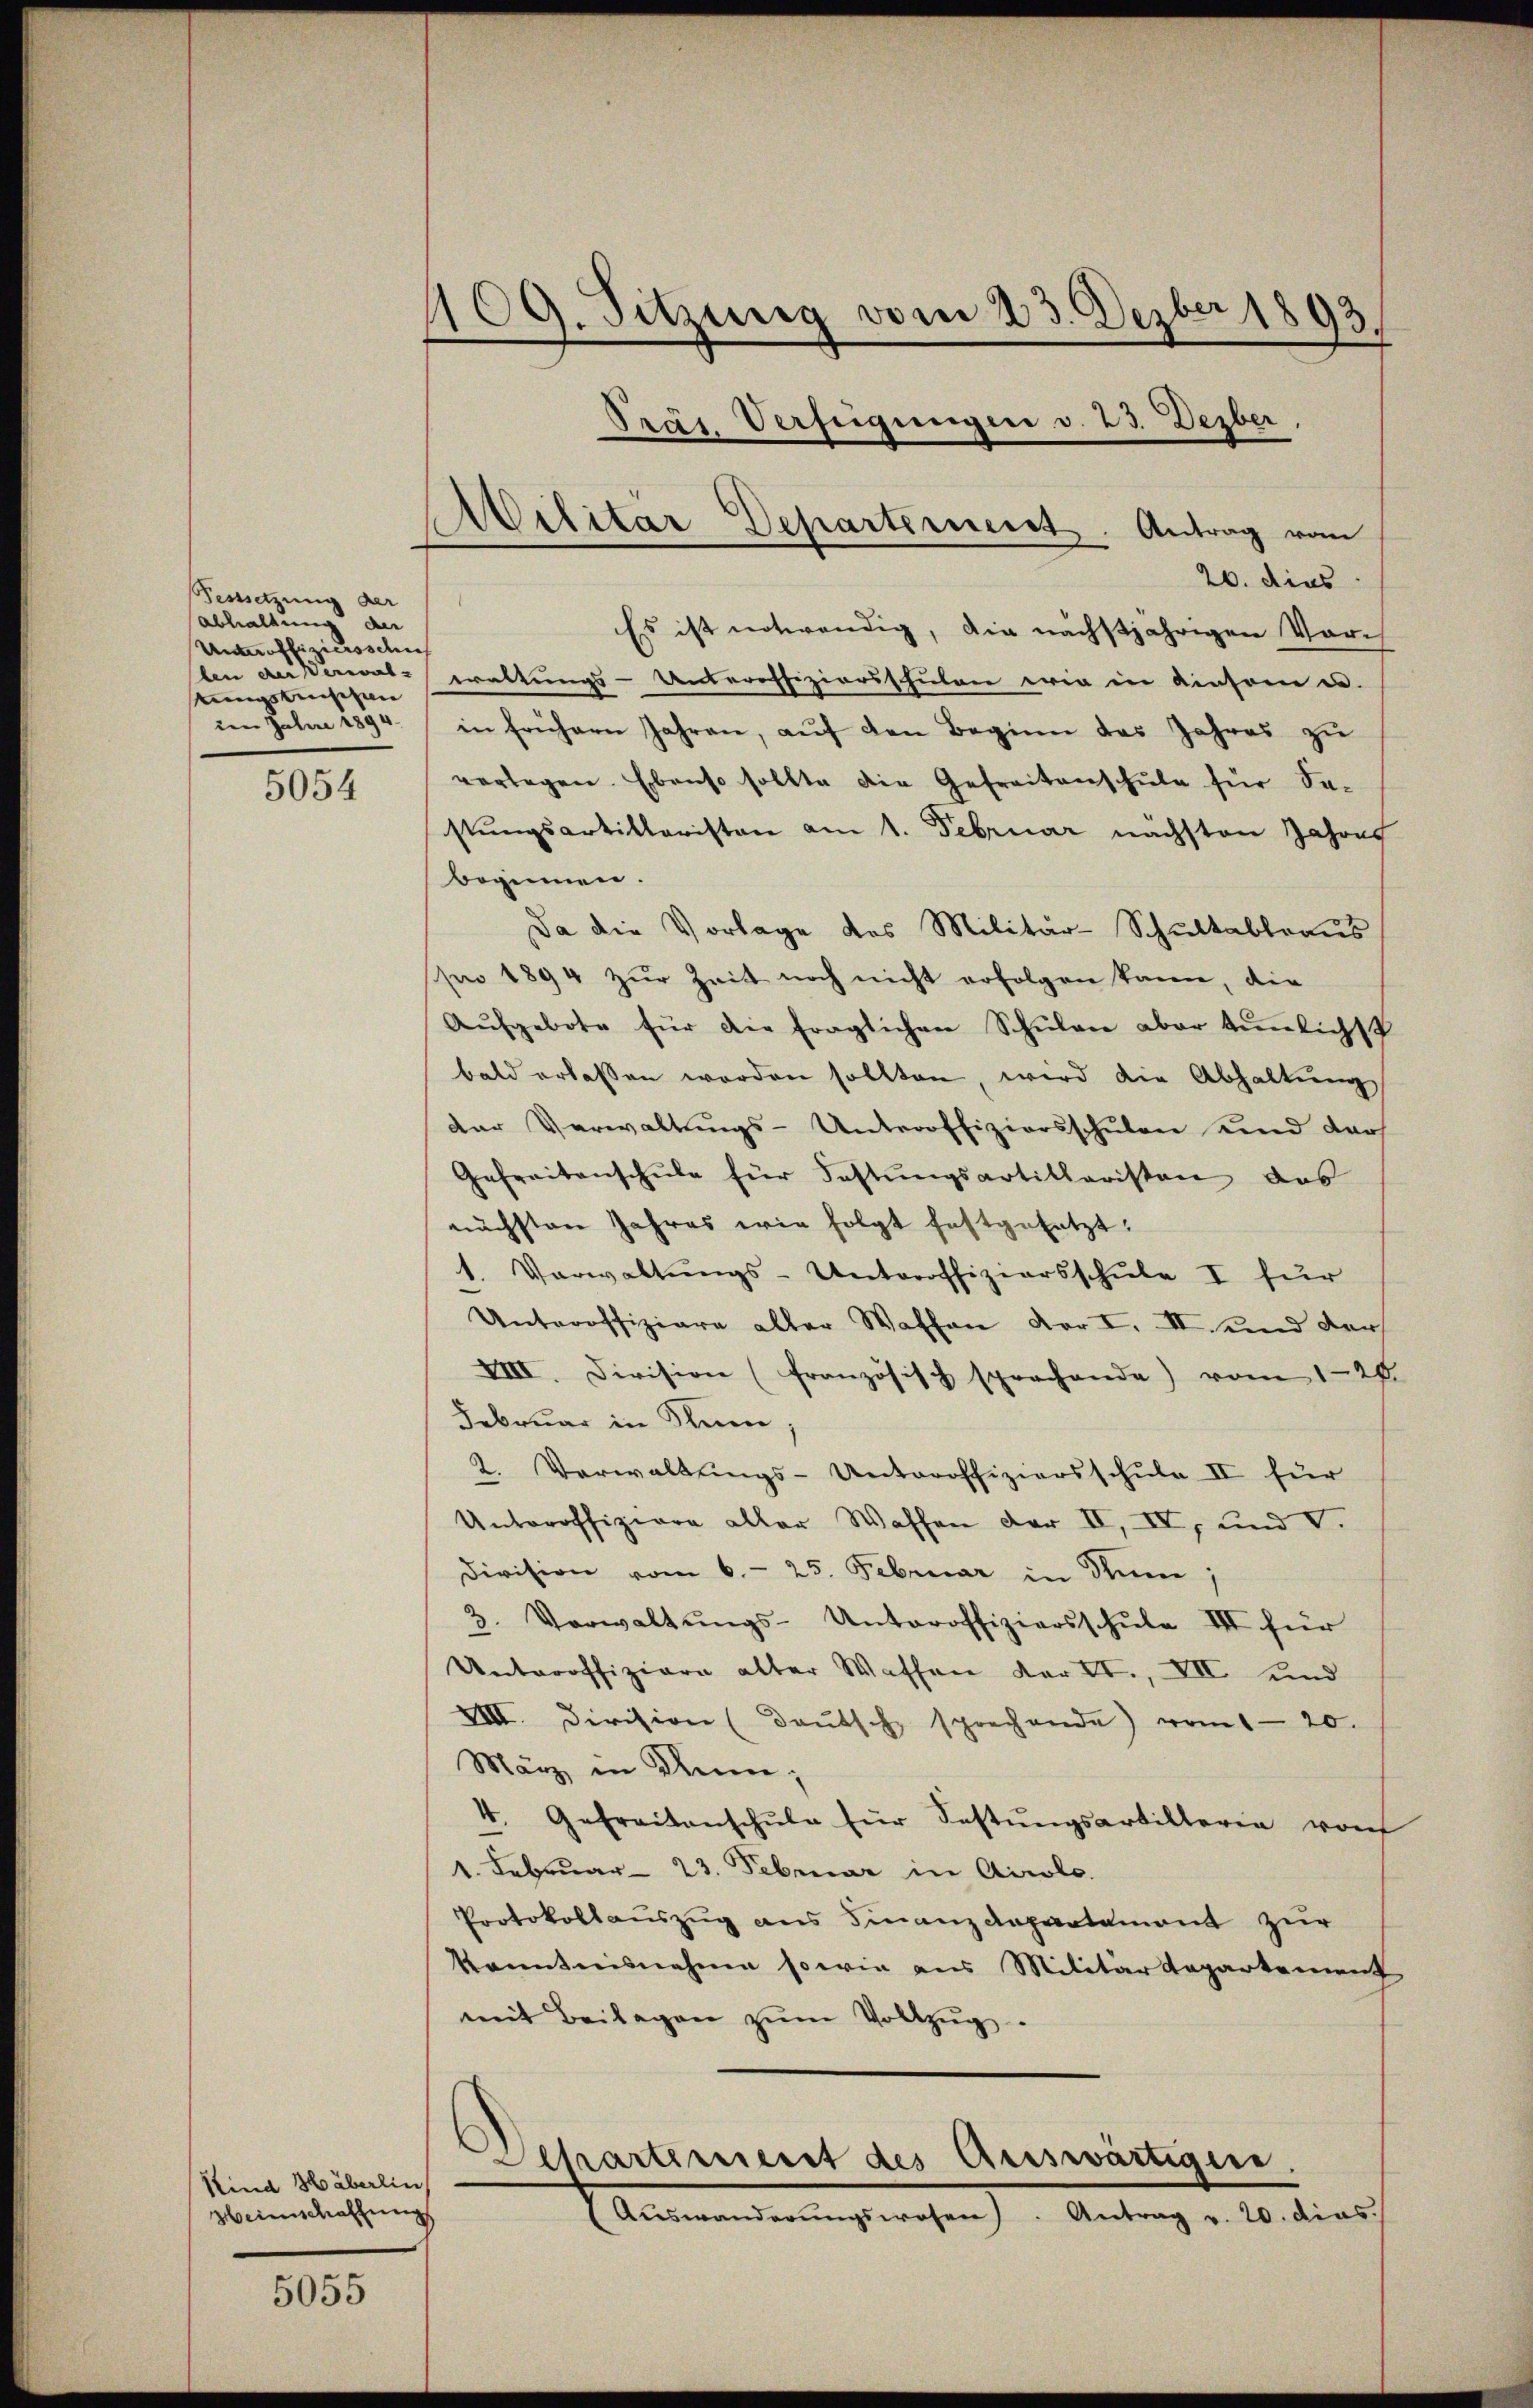
5054

Kind Häberlin
Weinschaffung

5055

109. Sitzung vom 23. Dezber 1893.
Präs. Verfügungen v. 23. Dezber.
Militär Departement. Antrag vom
20. dies
Es ist notwendig, die nächstjährigen Vorch
waltungs-Unteroffiziarischulen wir in einsam u.
in frühern Jahren, aŭf den Beginn das Jahres zŭ
verlegen. Ebenso sollte die Gefreitenschule für Se-
stŭngsartillaristen am 1. Februar nächsten Jahres

Festsetzung der
abhaltung der
Unteroffiziersschen
slen der Verwalengstischen |
den Jahre 1894.

beginnen.
Da die Vorlage des Militär-Schultabtraus
pr 1894 zur Zeit noch nicht erfolgen kann, die
Aŭfgebote für die fraglichen Schŭlen aber tunlichst
bald erlassen worden sollten, wird die Abhaltŭng
der Verwaltungs-Unteroffiziersschulen und der
Gefreitenschŭle für Fastŭngsartitharisten das
nächsten Jahres wie folgt festgesetzt.
1. Verwaltŭngs-Unteroffiziersschule I für
Unteroffiziare aller Waffen vor I. II. und der
VIII. Division (Französisch sprachende) vom 128
Februar in Klum
2. Verwaltungs-Unteroffiziersschule II für
Unteroffiziere aller Waffen der II, IV, und V.
Division vom 6.- 25. Februar in dum;
3. Vorwaltŭngs-Unteroffiziersschŭle III für
Unteroffiziere alter Wassen der II., VII und
VIII. Division (daŭtsche sprechende vom 120.
März in Kenn;
4. Gefreitenschule für Festŭngsartillerie von
1. Februar 23. Februar in Airole.
Protokollauszug aus Finanzdepartement zur
kanntnisnahme sowie aus Militärdepartement
mit Beilagen zŭm Vollzŭg.
Separteriert des Auswärtigen.
(Aŭswanderŭngswesen). Antrag v. 20. dies.